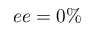
e e = 0 \%